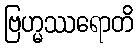
ဗြဟ္မဿရောတိ